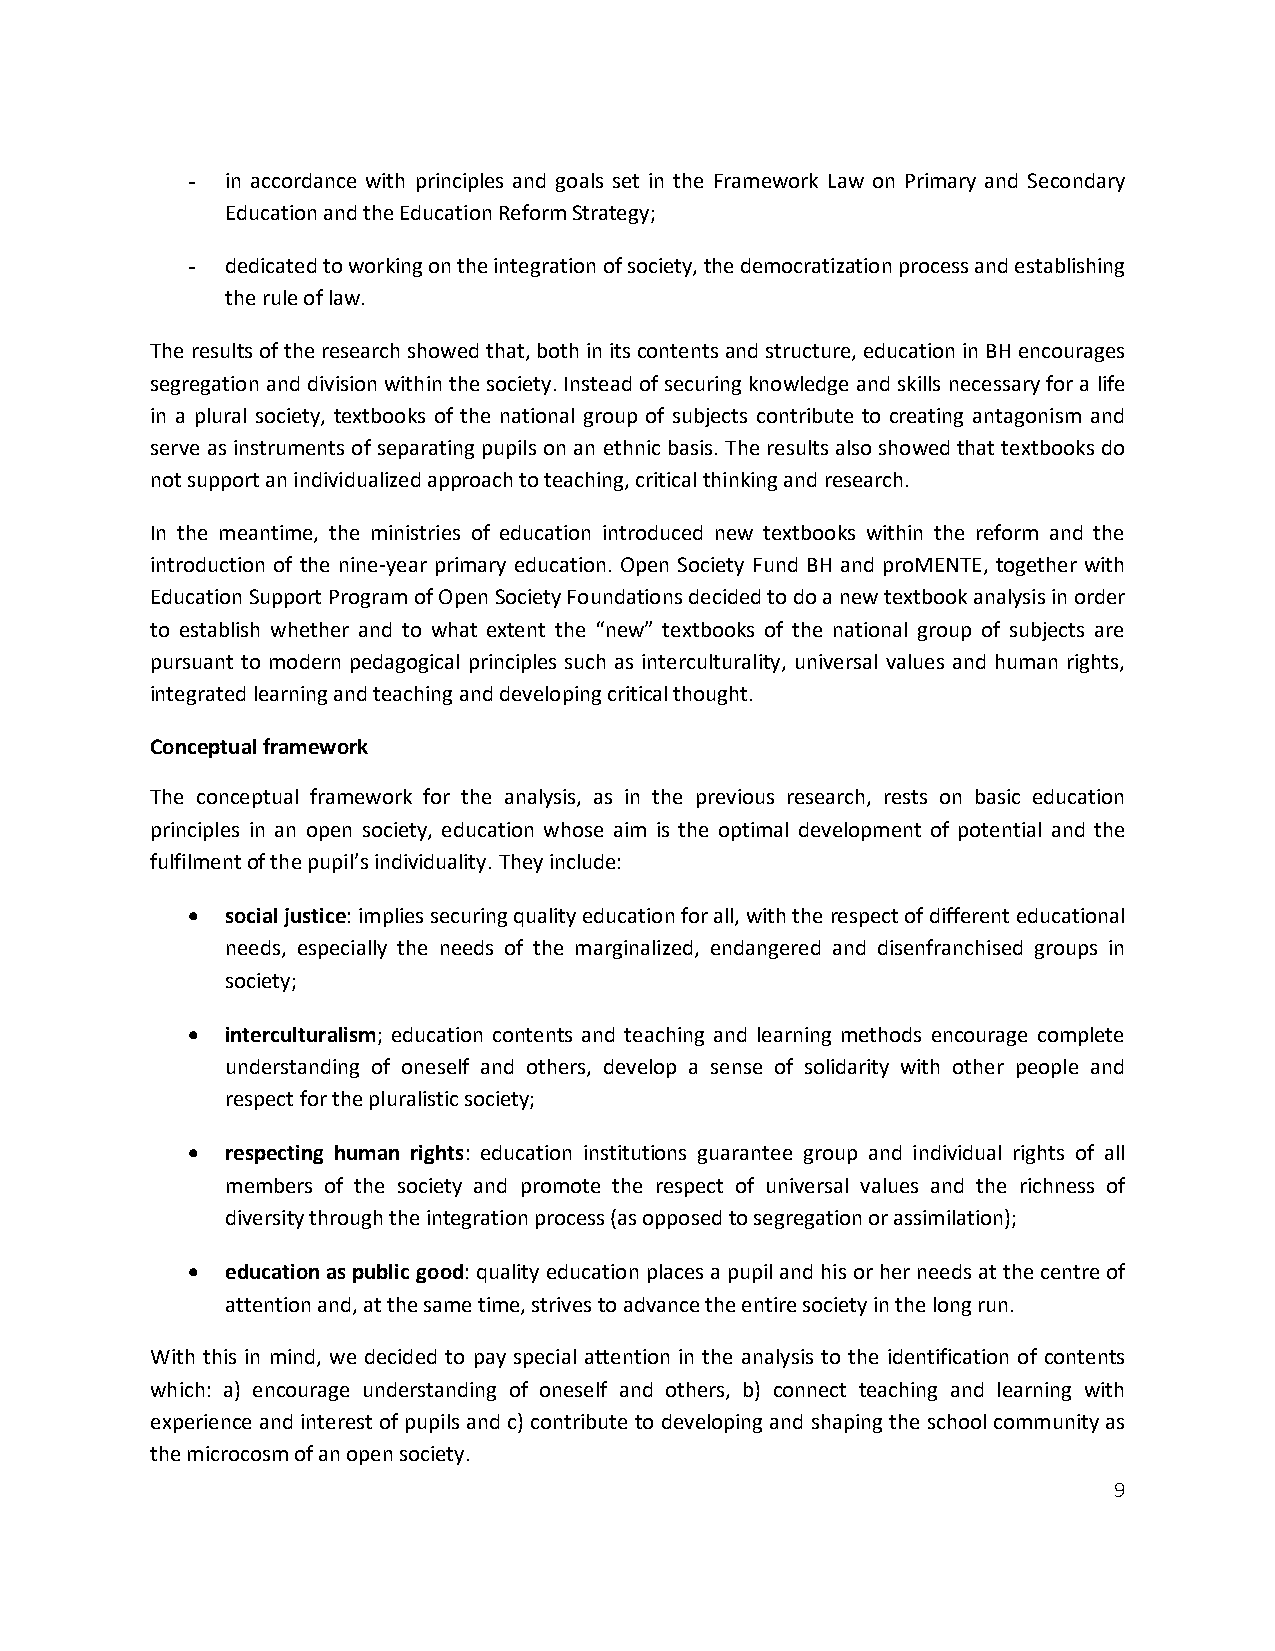
-  in accordance with principles and goals set in the Framework Law on Primary and Secondary
 Education and the Education Reform Strategy;
 -  dedicated to working on the integration of society, the democratization process and establishing
 the rule of law.
 The results of the research showed that, both in its contents and structure, education in BH encourages
 segregation and division within the society. Instead of securing knowledge and skills necessary for a life
 in a plural society, textbooks of the national group of subjects contribute to creating antagonism and
 serve as instruments of separating pupils on an ethnic basis. The results also showed that textbooks do
 not support an individualized approach to teaching, critical thinking and research.
 In the meantime, the ministries of education introduced new textbooks within the reform and the
 introduction of the nine-year primary education. Open Society Fund BH and proMENTE, together with
 Education Support Program of Open Society Foundations decided to do a new textbook analysis in order
 to establish whether and to what extent the “new” textbooks of the national group of subjects are
 pursuant to modern pedagogical principles such as interculturality, universal values and human rights,
 integrated learning and teaching and developing critical thought.
 Conceptual framework
 The conceptual framework for the analysis, as in the previous research, rests on basic education
 principles in an open society, education whose aim is the optimal development of potential and the
 fulfilment of the pupil’s individuality. They include:
   social justice: implies securing quality education for all, with the respect of different educational
 needs, especially the needs of the marginalized, endangered and disenfranchised groups in
 society;
   interculturalism; education contents and teaching and learning methods encourage complete
 understanding of oneself and others, develop a sense of solidarity with other people and
 respect for the pluralistic society;
   respecting human rights: education institutions guarantee group and individual rights of all
 members of the society and promote the respect of universal values and the richness of
 diversity through the integration process (as opposed to segregation or assimilation);
   education as public good: quality education places a pupil and his or her needs at the centre of
 attention and, at the same time, strives to advance the entire society in the long run.
 With this in mind, we decided to pay special attention in the analysis to the identification of contents
 which: a) encourage understanding of oneself and others, b) connect teaching and learning with
 experience and interest of pupils and c) contribute to developing and shaping the school community as
 the microcosm of an open society.
 9